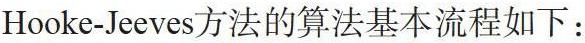
Hooke-Jeeves方法的算法基本流程如下：